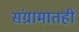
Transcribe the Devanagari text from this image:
संग्रामातही